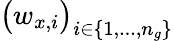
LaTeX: \big(w_{x,i}\big)_{i\in\{ 1,...,n_{g}\} }